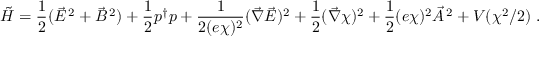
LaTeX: \tilde { \cal H } = \frac { 1 } { 2 } ( \vec { \cal E } ^ { \, 2 } + \vec { \cal B } ^ { \, 2 } ) + \frac { 1 } { 2 } p ^ { \dagger } p + \frac { 1 } { 2 ( e \chi ) ^ { 2 } } ( \vec { \nabla } \vec { \cal E } ) ^ { 2 } + \frac { 1 } { 2 } ( \vec { \nabla } \chi ) ^ { 2 } + \frac { 1 } { 2 } ( e \chi ) ^ { 2 } \vec { \cal A } ^ { \, 2 } + V ( \chi ^ { 2 } / 2 ) \ .